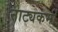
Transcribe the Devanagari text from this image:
नाट्यकर्मीं